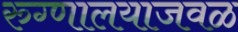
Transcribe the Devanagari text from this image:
रुग्णालयाजवळ